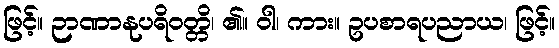
ဖြင့်။ ဉာဏာနုပရိဝတ္တိ၊ ၏။ ဝါ၊ ကား။ ဥပစာရပညာယ၊ ဖြင့်။